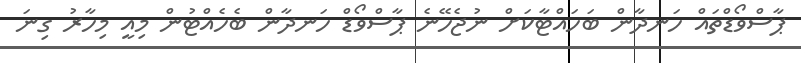
ޕާސްވޯޑްތައް ހަނދާން ބަހައްޓާކަށް ނުޖެހޭނެ ޕާސްވޯޑް ހަނދާން ބެހެއްޓުން މިއީ މިހާރު ގިނަ